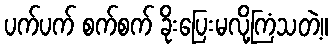
ပက်ပက် စက်စက် ခိုးပြေးမလို့ကြံသတဲ့။